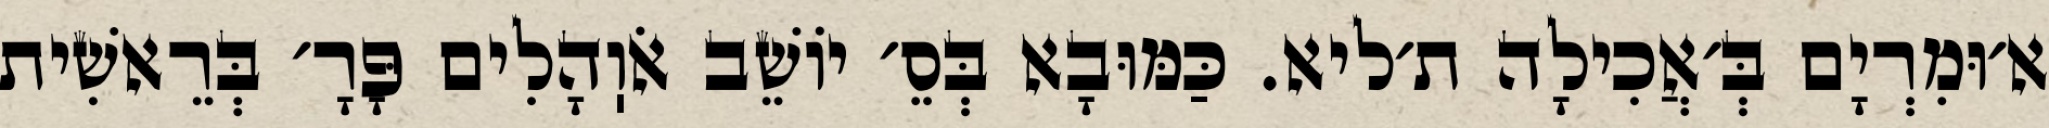
א׳וּמִרְיָם בְּ׳אֲכִילָה ת׳ליא. כַּמּוּבָא בְּסֵ׳ יוֹשֵׁב אֹוֽהָלִים פָּרָ׳ בְּרֵאשִׁית